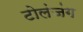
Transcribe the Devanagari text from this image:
टोलंजंग